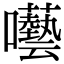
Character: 囈